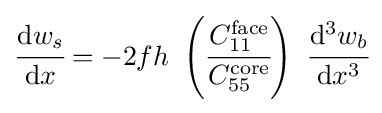
{\cfrac {\mathrm {d} w_{s}}{\mathrm {d} x}}=-2fh~\left({\cfrac {C_{11}^{\mathrm {face} }}{C_{55}^{\mathrm {core} }}}\right)~{\cfrac {\mathrm {d} ^{3}w_{b}}{\mathrm {d} x^{3}}}